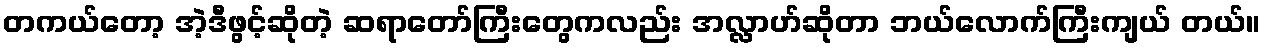
တကယ်တော့ အဲ့ဒီဖွင့်ဆိုတဲ့ ဆရာတော်ကြီးတွေကလည်း အလ္လာဟ်ဆိုတာ ဘယ်လောက်ကြီးကျယ် တယ်။